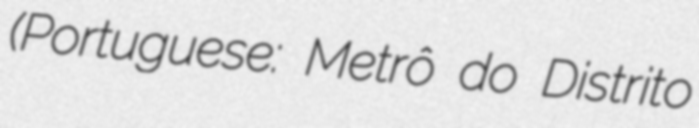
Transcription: (Portuguese: Metrô do Distrito